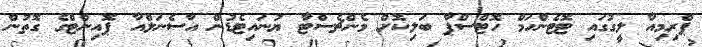
ޕްރިމިއާ ލީގުގައި ޓޮޓެންހަމް ހޮޓްސްޕާ ބަލިކޮށް މެންޗެސްޓާ ޔުނައިޓެޑުން އާސެނަލްއާ ޕޮއިންޓްގެ ގޮތުން